Vaccination in Bombay 1924-1928 - 1924-1928
Year: 1924
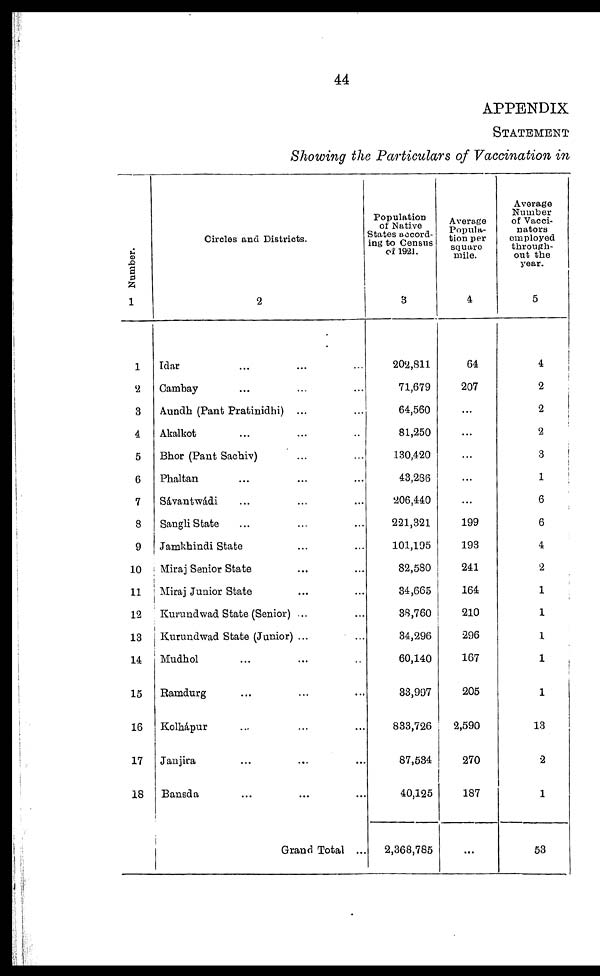
44
APPENDIX
STATEMENT
Showing the Particulars of Vaccination in
Number.
1
1
2
3
4
5
6
7
8
9
10
11
12
13
14
15
16
17
18
Circles and Districts.
2
Idar ... ... ...
Cambay ... ... ...
Aundh (Pant Pratinidhi) ... ...
Akalkot ... ... ...
Bhor (Pant Sachiv) ... ... ...
Phaltan ... ... ...
Sávantwádi ... ... ...
Sangli State ... ... ...
Jamkhindi State ... ... ...
Miraj Senior State ... ... ...
Miraj Junior State ... ... ...
Kurundwad State (Senior) ... ...
Kurundwad State (Junior) ...
...
Mudhol ... ... ...
Ramdurg ... ... ...
Kolhápur ... ... ...
Janjira ... ... ...
Bansda ... ... ...
Grand Total ...
Population
of Native
States accord-
ing to Census
of 1921.
3
202,811
71,679
64,560
81,250
130,420
43,286
206,440
221,321
101,195
82,580
34,665
38,760
34,296
60,140
33,997
833,726
87,534
40,125
2,368,785
Average
Popula-
tion per
square
mile.
4
64
207
...
...
...
...
...
199
193
241
164
210
296
167
205
2,590
270
187
...
Average
Number
of Vacci-
nators
employed
through-
out the
year.
5
4
2
2
2
3
1
6
6
4
2
1
1
1
1
1
13
2
1
53